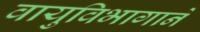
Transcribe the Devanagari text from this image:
वायुविभागाने